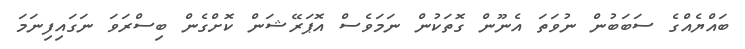
ބައްޔެއްގެ ސަބަބުން ނުވަތަ އެނޫން ގޮތަކުން ނަމަވެސް އޮޕަރޭޝަން ކޮށްގެން ބިސްރަވަ ނަގައިފިނަމަ